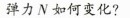
弹力N如何变化?